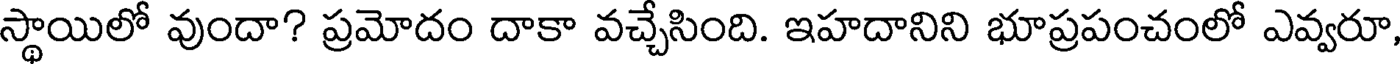
స్థాయిలో వుందా? ప్రమోదం దాకా వచ్చేసింది. ఇహదానిని భూప్రపంచంలో ఎవ్వరూ